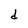
Character: d